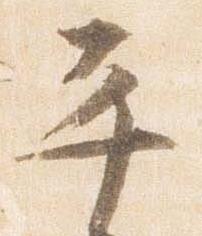
平